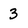
Character: 3